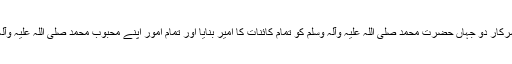
اس لیے اللہ تبارک وتعالیٰ نے سرکارِ دو جہاں حضرت محمد صلی اللہ علیہ وآلہٖ وسلم کو تمام کائنات کا امیر بنایا اور تمام امور اپنے محبوب محمد صلی اللہ علیہ وآلہٖ وسلم کے سپرد فرما دئیے ہیں۔